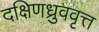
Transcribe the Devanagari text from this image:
दक्षिणध्रुववृत्त